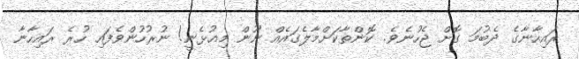
ރައިހާނާގެ ދެބުމަ ގޮށް ޖެހުނެވެ. ކޮންތާކަށްމާލެގައެއް ނޫން މިއުޅެނީ! ނުރުހުންވެފައި ހުރެ ރައިހާނާ